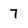
Character: 7